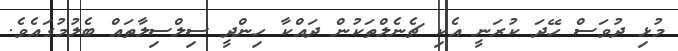
މުޅި ދުވަސް ހޭދަ ކުރަނީ އެކި ޗެނެލްތަކުން ދައްކާ ހިންދީ ސިލްސިލާތައް ބެލުމުގައެވެ.